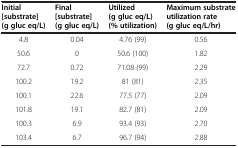
<table><thead><tr><td><b>Initial [substrate] (g gluc eq/L)</b></td><td><b>Final [substrate] (g gluc eq/L)</b></td><td><b>Utilized (g gluc eq/L) (% utilization)</b></td><td><b>Maximum substrate utilization rate (g gluc eq/L/hr)</b></td></tr></thead><tbody><tr><td>4.8</td><td>0.04</td><td>4.76 (99)</td><td>0.56</td></tr><tr><td>50.6</td><td>0</td><td>50.6 (100)</td><td>1.82</td></tr><tr><td>72.7</td><td>0.72</td><td>71.08 (99)</td><td>2.29</td></tr><tr><td>100.2</td><td>19.2</td><td>81 (81)</td><td>2.35</td></tr><tr><td>100.1</td><td>22.6</td><td>77.5 (77)</td><td>2.09</td></tr><tr><td>101.8</td><td>19.1</td><td>82.7 (81)</td><td>2.09</td></tr><tr><td>100.3</td><td>6.9</td><td>93.4 (93)</td><td>2.70</td></tr><tr><td>103.4</td><td>6.7</td><td>96.7 (94)</td><td>2.88</td></tr></tbody></table>